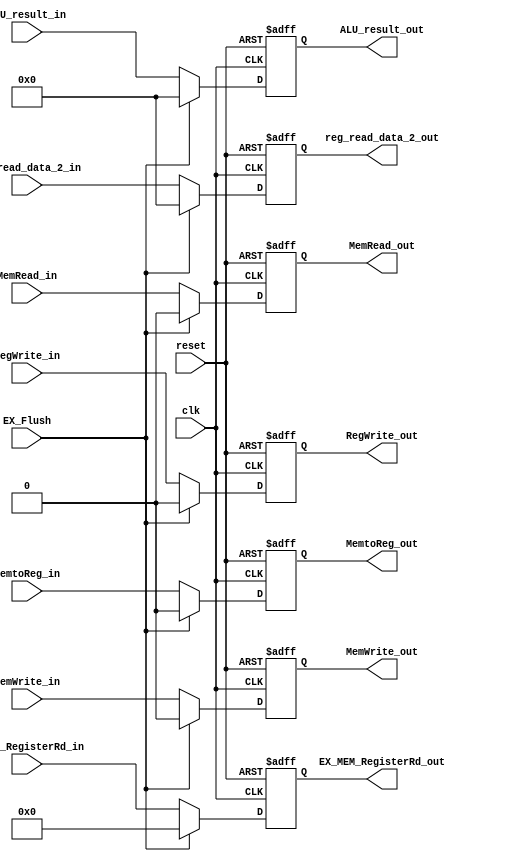
module EX_MEM (EX_Flush, RegWrite_in, MemtoReg_in, RegWrite_out, MemtoReg_out, MemRead_in, MemWrite_in, MemRead_out, MemWrite_out, ALU_result_in, reg_read_data_2_in, ALU_result_out, reg_read_data_2_out, ID_EX_RegisterRd_in, EX_MEM_RegisterRd_out, clk, reset);
	// 1. hazard control signal (sync rising edge)
	// if EX_Flush equals 1,
	// then clear all WB, MEM control signal to 0 on rising edge
	// do not need to clear addr or data content
	input EX_Flush;
	// 2. WB control signal
	input RegWrite_in, MemtoReg_in;
	output RegWrite_out, MemtoReg_out;
	// 3. MEM control signal
	input MemRead_in, MemWrite_in;
	output MemRead_out, MemWrite_out;
	// 4. data content
	// input ALU_zero_in;
	// output ALU_zero_out;
	input [31:0] ALU_result_in, reg_read_data_2_in;
	output [31:0] ALU_result_out, reg_read_data_2_out;
	input [4:0] ID_EX_RegisterRd_in;
	output [4:0] EX_MEM_RegisterRd_out;
	// general signal
	// reset: async; set all register content to 0
	input clk, reset;

	reg RegWrite_out, MemtoReg_out;
	reg MemRead_out, MemWrite_out;
	// reg ALU_zero_out;
	reg [31:0] ALU_result_out, reg_read_data_2_out;
	reg [4:0] EX_MEM_RegisterRd_out;

	always @(posedge clk or posedge reset)
	begin
		if (reset == 1'b1)
		begin
		  RegWrite_out <= 1'b0;
		  MemtoReg_out <= 1'b0;
		  // Branch_out <= 1'b0;
		  MemRead_out <= 1'b0;
		  MemWrite_out <= 1'b0;
		  // ALU_zero_out <= 1'b0;
		  ALU_result_out <= 32'b0;
		  reg_read_data_2_out <= 32'b0;
		  EX_MEM_RegisterRd_out <= 5'b0; 
		end
		else if (EX_Flush == 1'b1)
	    begin
		  RegWrite_out <= 1'b0;
		  MemtoReg_out <= 1'b0;
		  // Branch_out <= 1'b0;
		  MemRead_out <= 1'b0;
		  MemWrite_out <= 1'b0;
		  ALU_result_out <= 32'b0;
		  reg_read_data_2_out <= 32'b0;
		  EX_MEM_RegisterRd_out <= 5'b0; 
		  end
		else begin
		  RegWrite_out <= RegWrite_in;
		  MemtoReg_out <= MemtoReg_in;
		  // Branch_out <= Branch_in;
		  MemRead_out <= MemRead_in;
		  MemWrite_out <= MemWrite_in;
		  // ALU_zero_out <= ALU_zero_in;
		  ALU_result_out <= ALU_result_in;
		  reg_read_data_2_out <= reg_read_data_2_in;
		  EX_MEM_RegisterRd_out <= ID_EX_RegisterRd_in;
		end

	end

endmodule